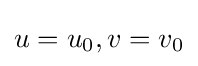
u=u_{0},v=v_{0}